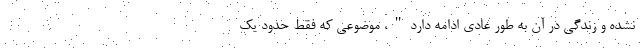
نشده و زندگی در آن به طور عادی ادامه دارد"، موضوعی که فقط حدود یک